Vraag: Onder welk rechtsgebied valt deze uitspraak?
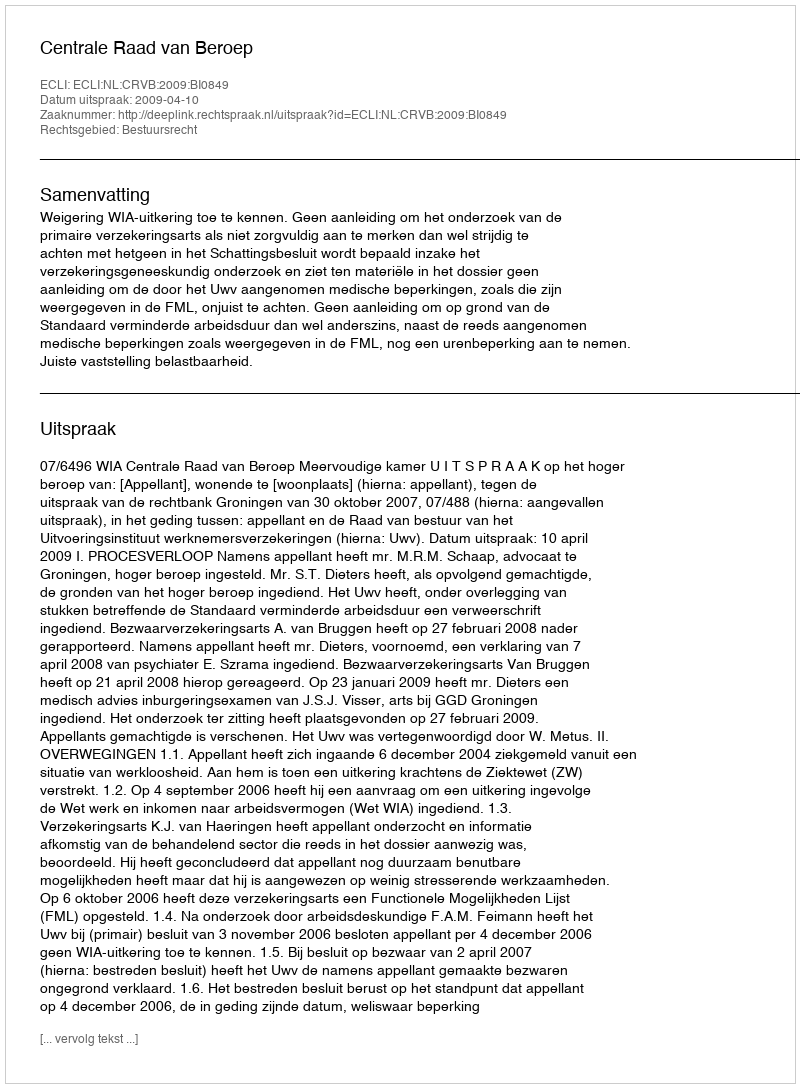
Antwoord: Bestuursrecht